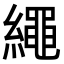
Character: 繩